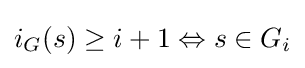
i_{G}(s)\geq i+1\Leftrightarrow s\in G_{i}